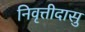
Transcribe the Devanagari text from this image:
निवृत्तीदासु